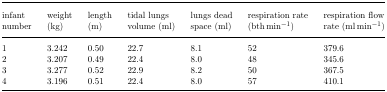
<table><thead><tr><td><b>infant number</b></td><td><b>weight (kg)</b></td><td><b>length (m)</b></td><td><b>tidal lungs volume (ml)</b></td><td><b>lungs dead space (ml)</b></td><td><b>respiration rate (bth min<sup>−1</sup>)</b></td><td><b>respiration flow rate (ml min<sup>−1</sup>)</b></td></tr></thead><tbody><tr><td>1</td><td>3.242</td><td>0.50</td><td>22.7</td><td>8.1</td><td>52</td><td>379.6</td></tr><tr><td>2</td><td>3.207</td><td>0.49</td><td>22.4</td><td>8.0</td><td>48</td><td>345.6</td></tr><tr><td>3</td><td>3.277</td><td>0.52</td><td>22.9</td><td>8.2</td><td>50</td><td>367.5</td></tr><tr><td>4</td><td>3.196</td><td>0.51</td><td>22.4</td><td>8.0</td><td>57</td><td>410.1</td></tr></tbody></table>